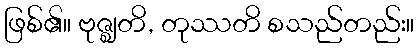
ဖြစ်၏။ ဗုဇ္ဈတိ, တုဿတိ စသည်တည်း။